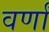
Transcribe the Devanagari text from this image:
वर्णां